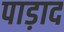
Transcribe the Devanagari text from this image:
पाड़ाद